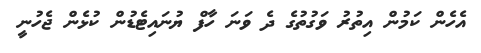
އެހެން ކަމުން އިތުރު ވަގުތުގެ ދެ ވަނަ ހާފް ޔުނައިޓެޑުން ކުޅެން ޖެހުނީ